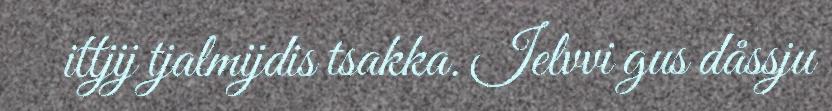
ittjij tjalmijdis tsakka. Ielvvi gus dåssju